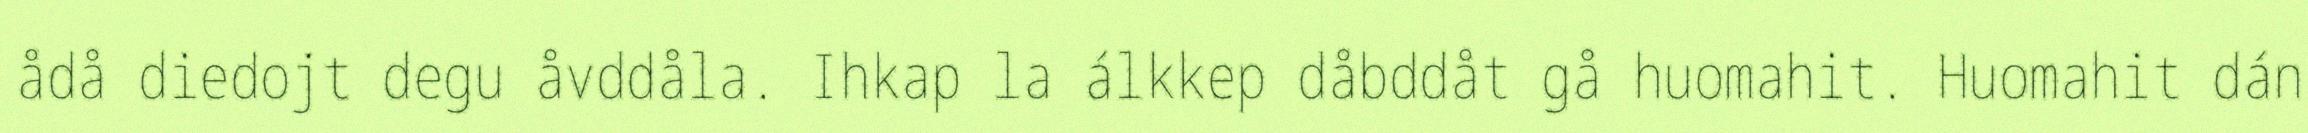
ådå diedojt degu åvddåla. Ihkap la álkkep dåbddåt gå huomahit. Huomahit dán